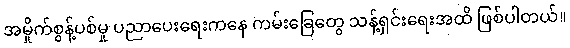
အမှိုက်စွန့်ပစ်မှု ပညာပေးရေးကနေ ကမ်းခြေတွေ သန့်ရှင်းရေးအထိ ဖြစ်ပါတယ်။